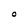
Character: O